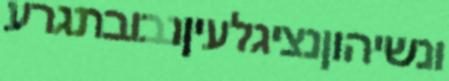
ונשיהוןנציגלעיןנבובתגרע